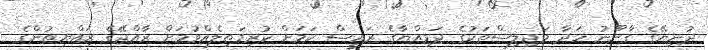
ދުނިޔޭގެ ގާނޫނު ހަދާ މަޖިލިސްތަކުގެ ޖަމިއްޔާގެ ރައީސް ކަމަށް ކުރިމަތިލެއްވުމަށް ރާއްޖޭގެ ރައްޔިތުންގެ